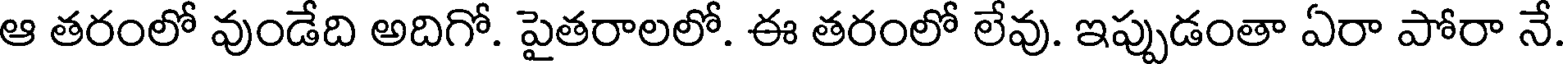
ఆ తరంలో వుండేది అదిగో. పైతరాలలో. ఈ తరంలో లేవు. ఇప్పుడంతా ఏరా పోరా నే